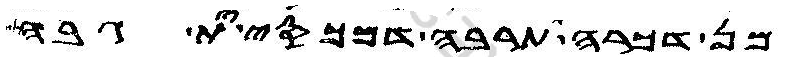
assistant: כל תרבה דמכסי ית גבה